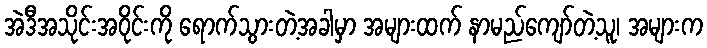
အဲဒီအသိုင်းအဝိုင်းကို ရောက်သွားတဲ့အခါမှာ အများထက် နာမည်ကျော်တဲ့သူ၊ အများက